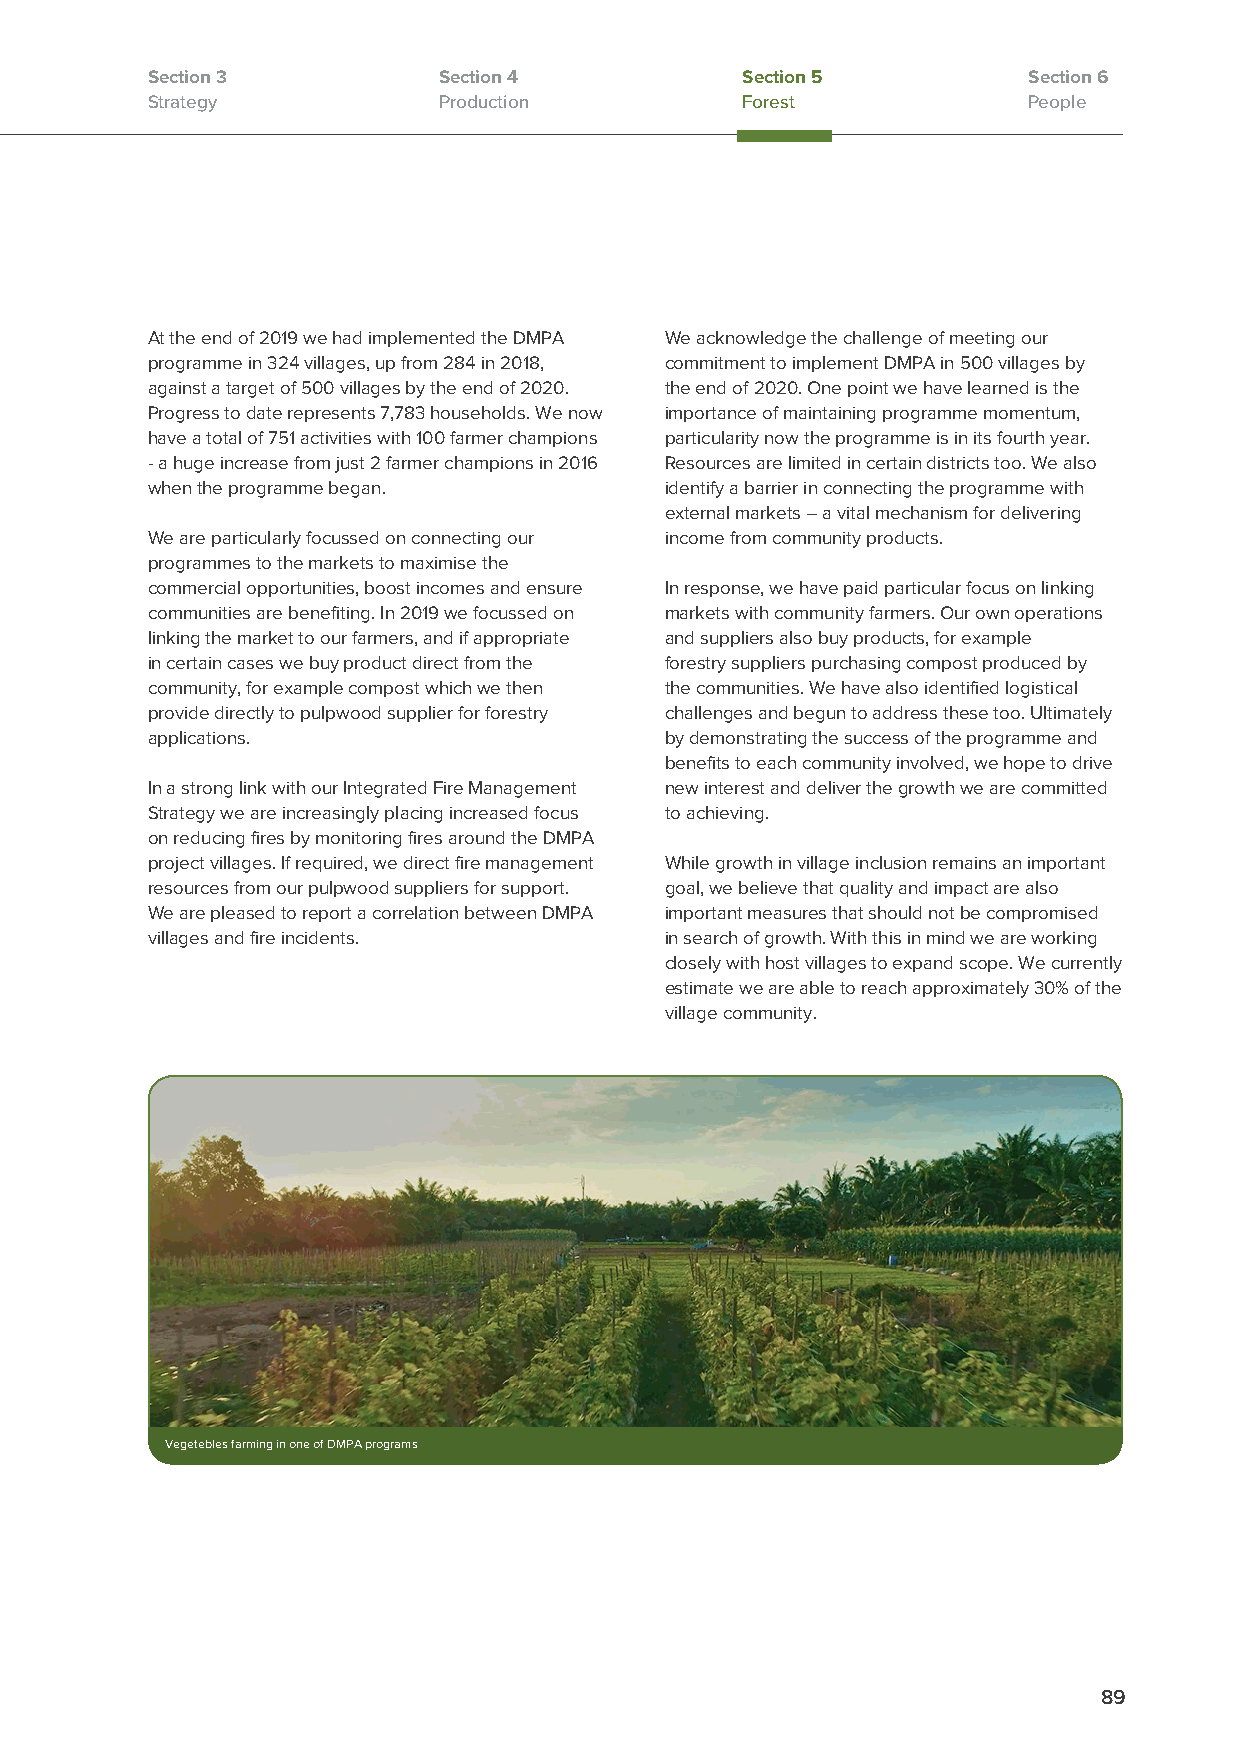
Section 3          Section 4           Section 5          Section 6
 Strategy           Production          Forest             People
 At the end of 2019 we had implemented the DMPA We acknowledge the challenge of meeting our
 programme in 324 villages, up from 284 in 2018, commitment to implement DMPA in 500 villages by
 against a target of 500 villages by the end of 2020. the end of 2020. One point we have learned is the
 Progress to date represents 7,783 households. We now importance of maintaining programme momentum,
 have a total of 751 activities with 100 farmer champions particularity now the programme is in its fourth year.
 - a huge increase from just 2 farmer champions in 2016 Resources are limited in certain districts too. We also
 when the programme began.         identify a barrier in connecting the programme with
 external markets – a vital mechanism for delivering
 We are particularly focussed on connecting our income from community products.
 programmes to the markets to maximise the
 commercial opportunities, boost incomes and ensure In response, we have paid particular focus on linking
 communities are benefiting. In 2019 we focussed on markets with community farmers. Our own operations
 linking the market to our farmers, and if appropriate and suppliers also buy products, for example
 in certain cases we buy product direct from the forestry suppliers purchasing compost produced by
 community, for example compost which we then the communities. We have also identified logistical
 provide directly to pulpwood supplier for forestry challenges and begun to address these too. Ultimately
 applications.                     by demonstrating the success of the programme and
 benefits to each community involved, we hope to drive
 In a strong link with our Integrated Fire Management new interest and deliver the growth we are committed
 Strategy we are increasingly placing increased focus to achieving.
 on reducing fires by monitoring fires around the DMPA
 project villages. If required, we direct fire management While growth in village inclusion remains an important
 resources from our pulpwood suppliers for support. goal, we believe that quality and impact are also
 We are pleased to report a correlation between DMPA important measures that should not be compromised
 villages and fire incidents.      in search of growth. With this in mind we are working
 closely with host villages to expand scope. We currently
 estimate we are able to reach approximately 30% of the
 village community.
 Vegetebles farming in one of DMPA programs
 89